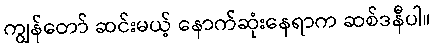
ကျွန်တော် ဆင်းမယ့် နောက်ဆုံးနေရာက ဆစ်ဒနီပါ။